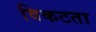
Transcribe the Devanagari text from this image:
विकटता